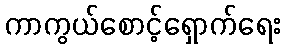
ကာကွယ်စောင့်ရှောက်ရေး